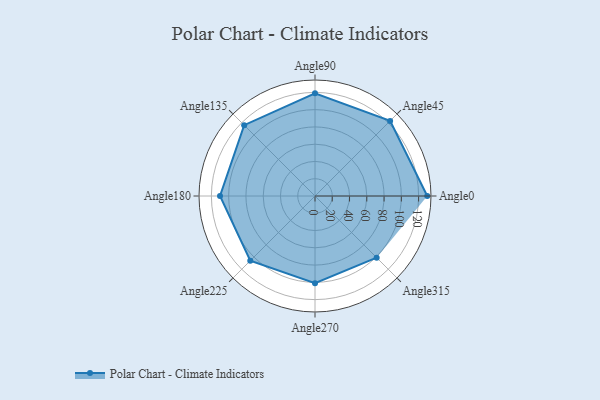
{"axis": {"x": "Angle", "y": "Radius"}, "legend": [""], "data": [{"x": "Angle0", "y": 130.0, "type": ""}, {"x": "Angle45", "y": 123.0, "type": ""}, {"x": "Angle90", "y": 119.0, "type": ""}, {"x": "Angle135", "y": 116.0, "type": ""}, {"x": "Angle180", "y": 110.0, "type": ""}, {"x": "Angle225", "y": 106.0, "type": ""}, {"x": "Angle270", "y": 101.0, "type": ""}, {"x": "Angle315", "y": 101.0, "type": ""}]}